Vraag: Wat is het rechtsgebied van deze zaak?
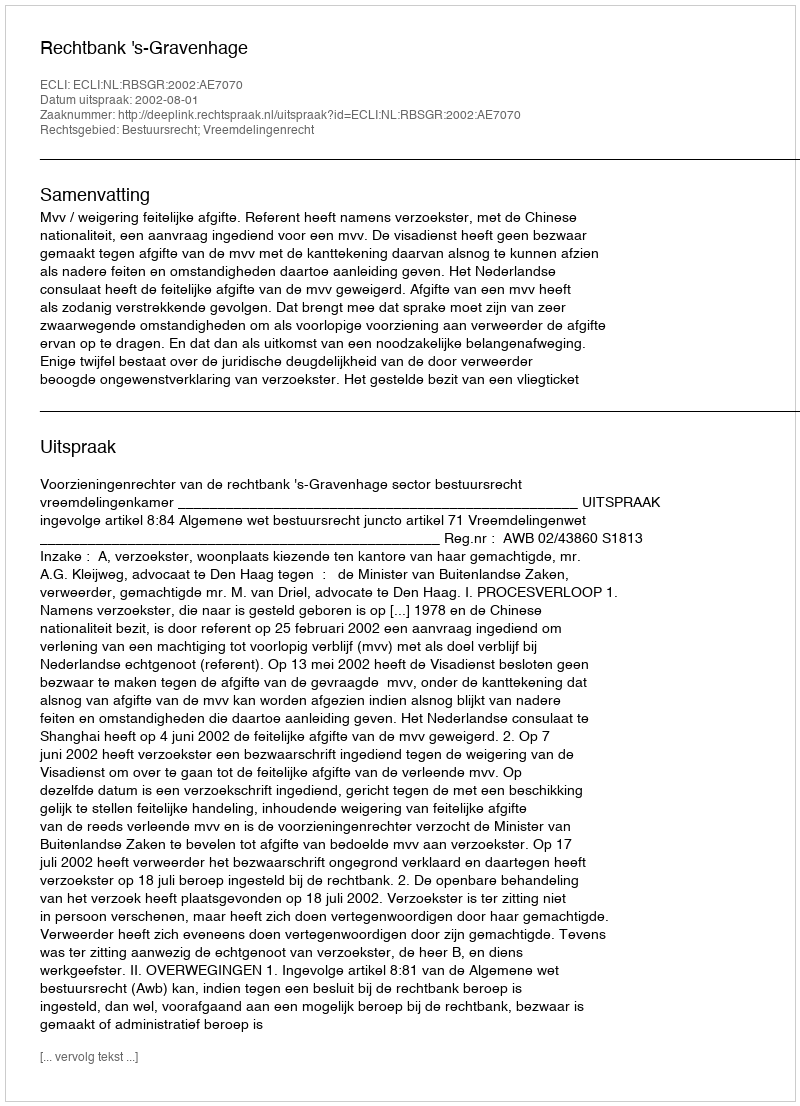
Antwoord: Bestuursrecht; Vreemdelingenrecht